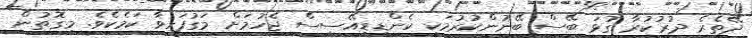
ދޭތެރެ ދުރުކުރާ ގުޅަ ބޭސް ބޭނުންކުރުމަކީ ކެންޑިޑިއޭސިސް ޖެހުމަށް މަގުފަހިވާ ކަމެކެވެ. މިގޮތުން